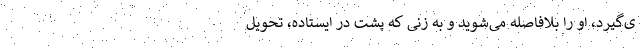
ی‌گیرد، او را بلافاصله می‌شوید و به زنی که پشت در ایستاده، تحویل